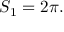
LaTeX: S _ { 1 } = 2 \pi .